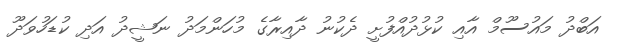
އަބްދު މައުސޫމް އާއި ކުޅުދުއްފުށީ ދެކުނު ދާއިރާގެ މުހަންމަދު ނަޝީދު އަދި ކުޑަހުވަދޫ